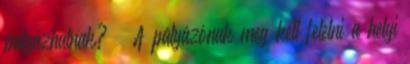
pályázhatnak?  A pályázónak meg kell felelni a helyi